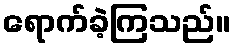
ရောက်ခဲ့ကြသည်။